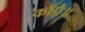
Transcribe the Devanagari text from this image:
काँपै॥